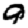
Digit: 9